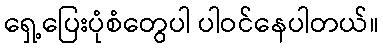
ရှေ့ပြေးပုံစံတွေပါ ပါဝင်နေပါတယ်။